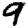
Digit: 9